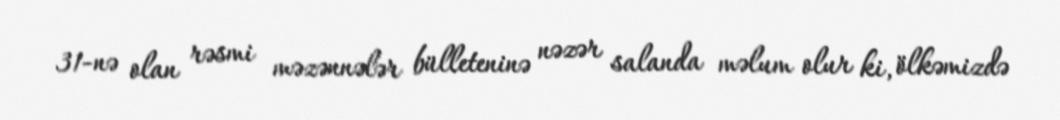
31-nə olan rəsmi məzənnələr bülleteninə nəzər salanda məlum olur ki, ölkəmizdə